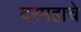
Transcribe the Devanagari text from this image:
दरमहाचे